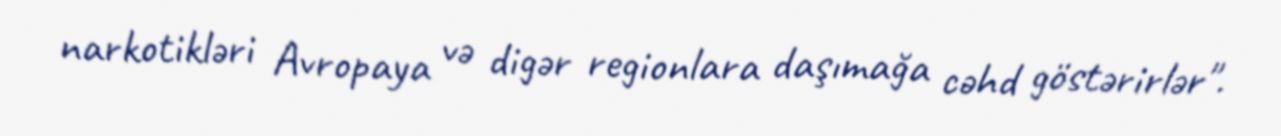
narkotikləri Avropaya və digər regionlara daşımağa cəhd göstərirlər".